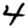
Digit: 4